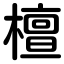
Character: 檀